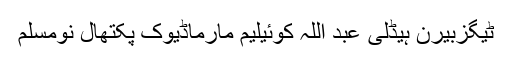
ٹیگزبیرن ہیڈلی عبد اللہ کوئیلیم مارماڈیوک پکتھال نومسلم